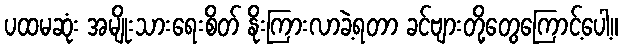
ပထမဆုံး အမျိုးသားရေးစိတ် နိုးကြားလာခဲ့ရတာ ခင်ဗျားတို့တွေကြောင့်ပေါ့။